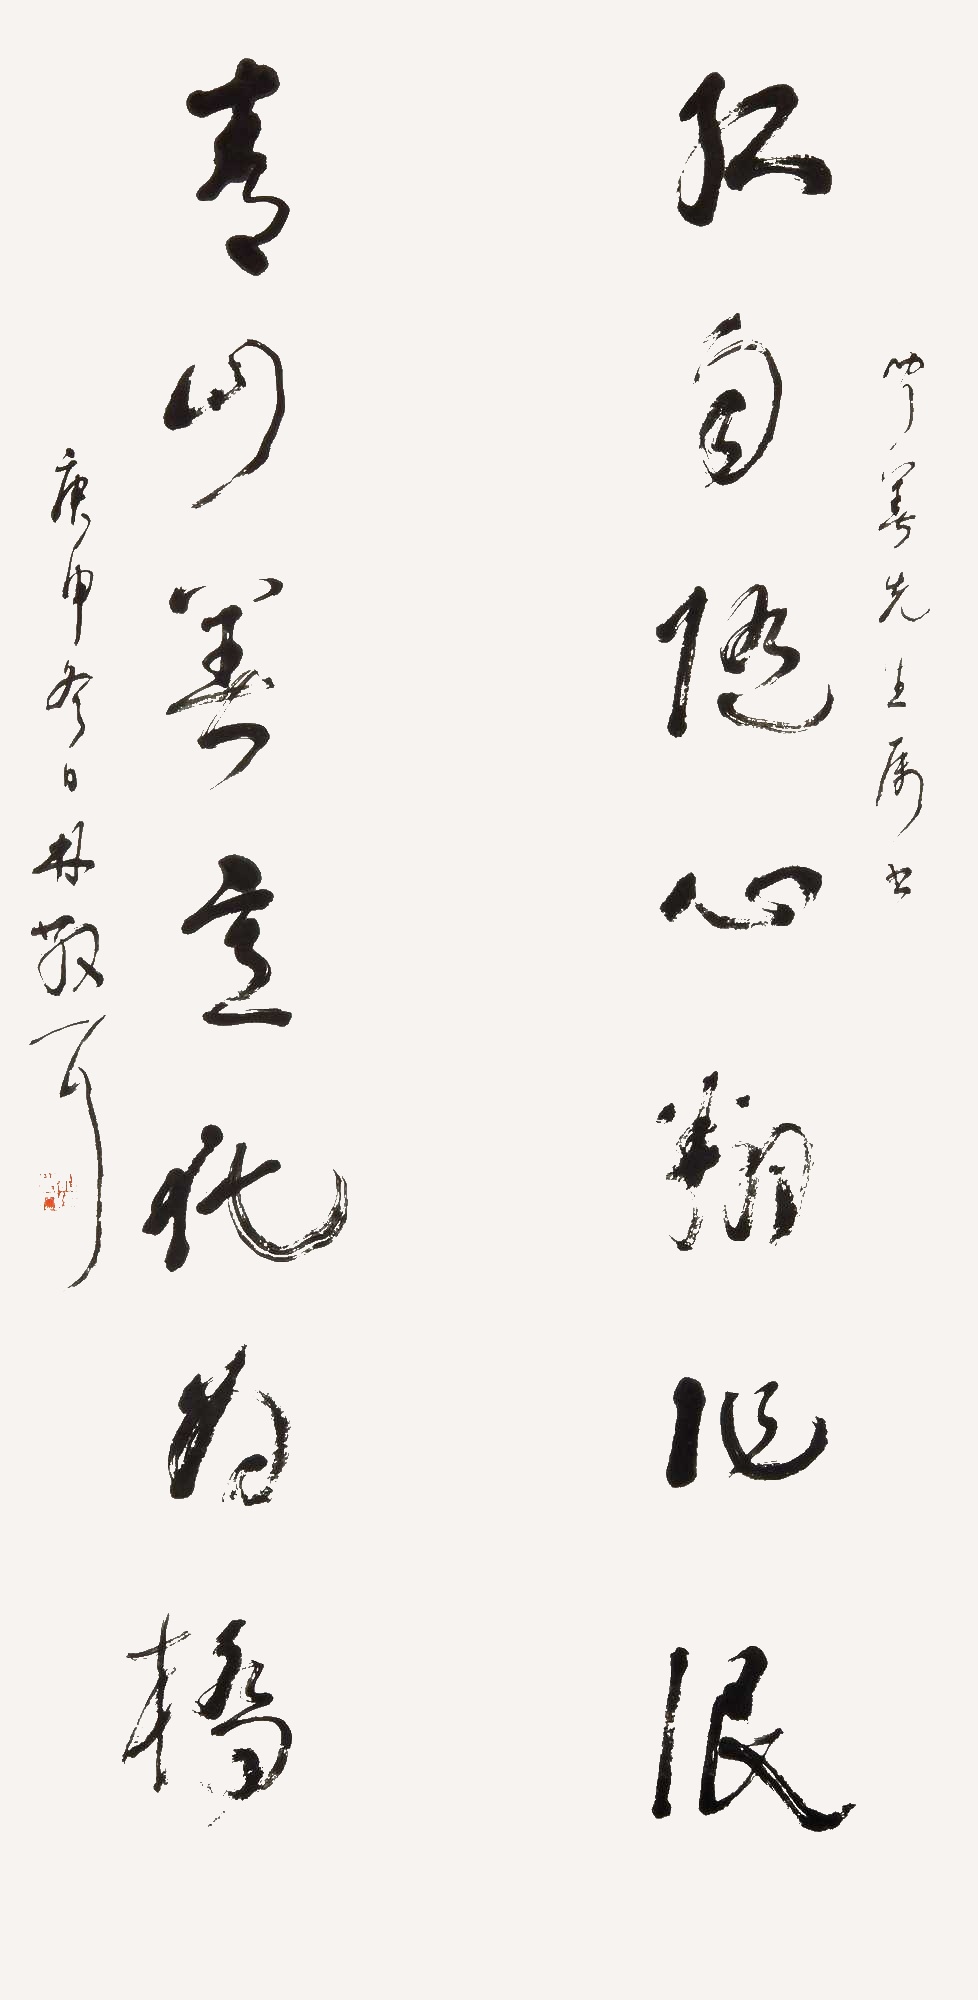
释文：闻善先生属之。红雨随心翻作浪、青山着意化为桥。庚申冬日林散之